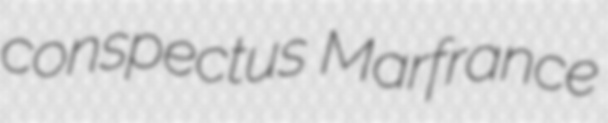
conspectus Marfrance